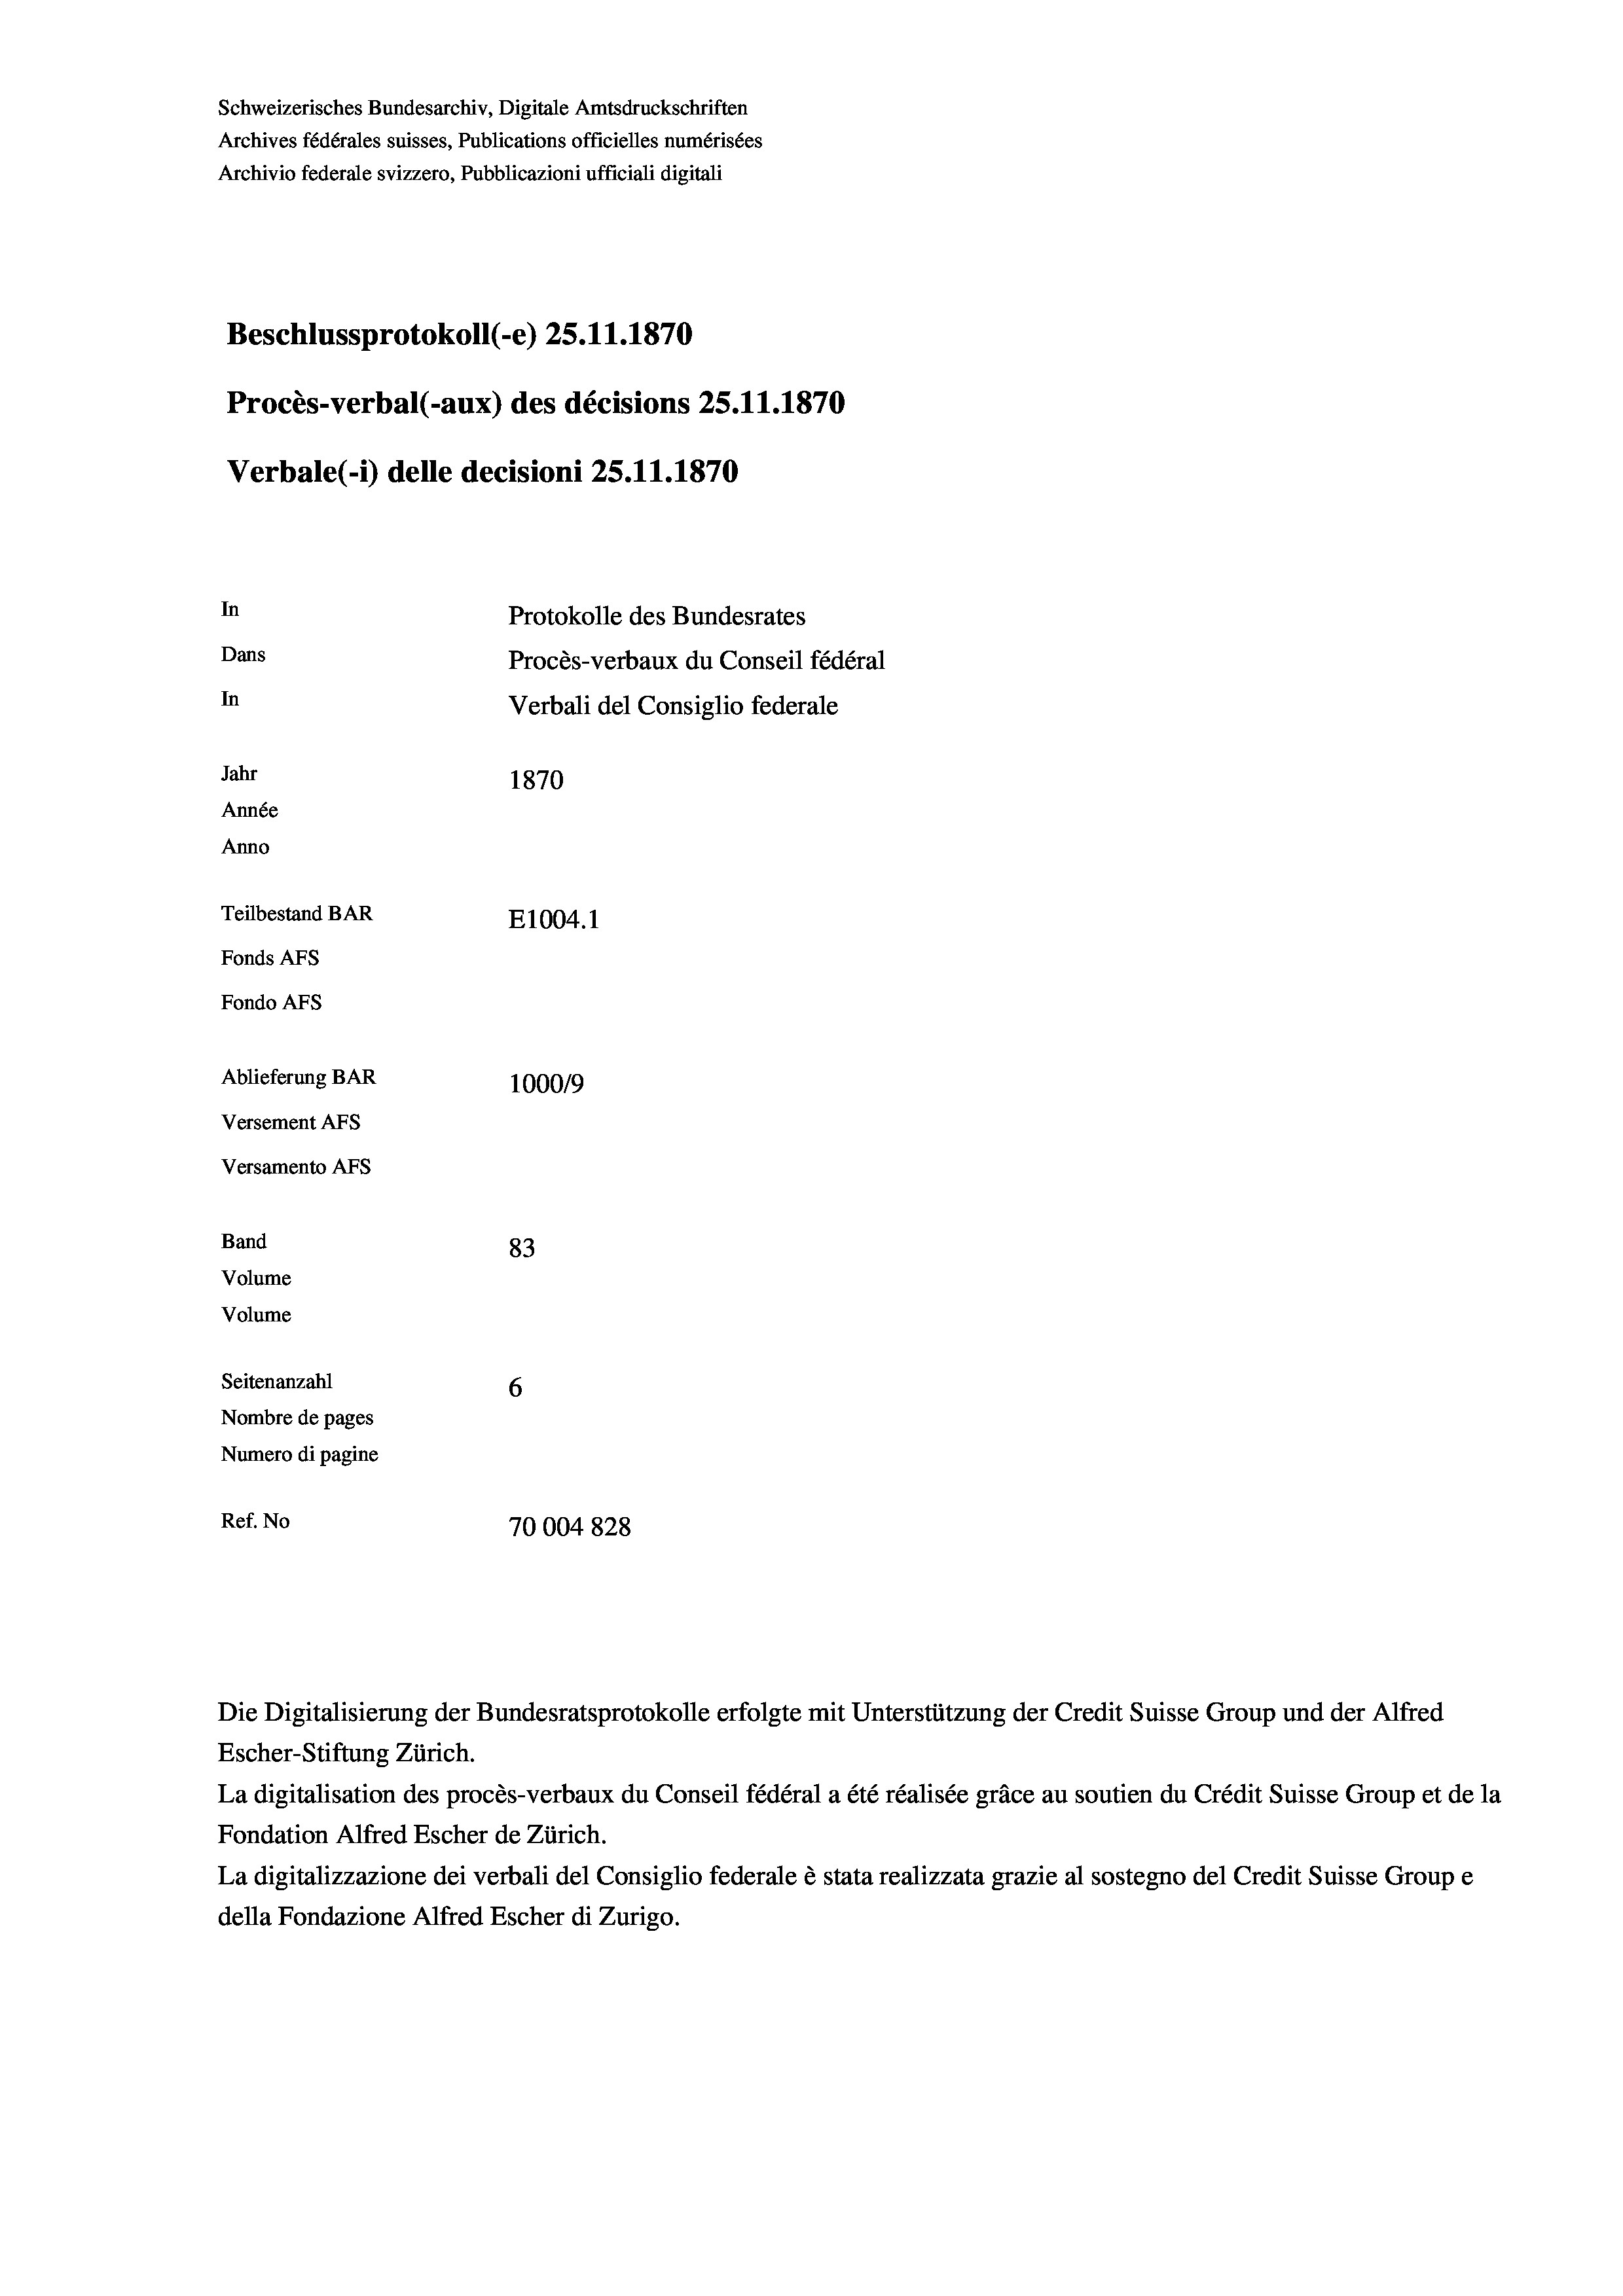
Schweizerisches Bundesarchiv, Digitale Amtsdruckschriften
Archives fédérales suisses, Publications officielles numérisées
Archivio federale svizzero, Pubblicazioni ufficiali digitali
Beschlussprotokoll (-e) 25.11.1870
Procès-verbal (-aux) des décisions 25.11.1870
Verbale (1) delle decisioni 25.11.1870
In
Protokolle des Bundesrates
Dans
Procès-verbaux du Conseil fédéral
In
Verbali del Consiglio federale
Jahr
1870
Année
Anno
Teilbestand BAR
E1004.1
Fonds Afs
Fondo AFs
Ablieferung BAR
100019
Versement Abs
Versamento Afs
Band
83
Volume
Volume
Seitenanzahl
6
Nombre de pages
Numero di pagine
Ref. No
70004828

Escher-Stiftung Zürich.
La digitalisation des procès-verbaux du Conseil fédéral a été réalisée gräce au soutien du Crédit Suisse Group et de la
Fondation Alfred Escher de Zürich.
La digitalizzazione dei verbali del Consiglio federale è stata realizzata grazie al sostegno del Credit Suisse Groupe
della Fondazione Alfred Escher di Zurigo.

Die Digitalisierung der Bundesratsprotokolle erfolgte mit Unterstützung der Credit Suisse Group und der Alfred